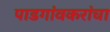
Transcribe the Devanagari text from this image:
पाडगांवकरांचा